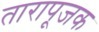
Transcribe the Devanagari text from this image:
तारापूजक